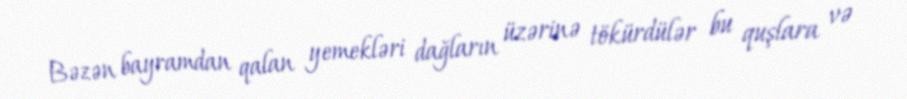
Bəzən bayramdan qalan yemekləri dağların üzərinə tökürdülər bu quşlara və